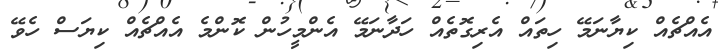
އެއްޗެއް ކިޔާނަމޭ ހިތައް އެރިގޮތެއް ހަދާނަމޭ އެންމީހުން ކޮންމެ އެއްޗެއް ކިޔަސް ހެވޭ